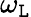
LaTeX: \omega_{\mathtt{L}}